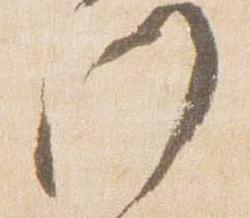
門